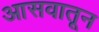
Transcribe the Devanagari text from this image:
आसवातून